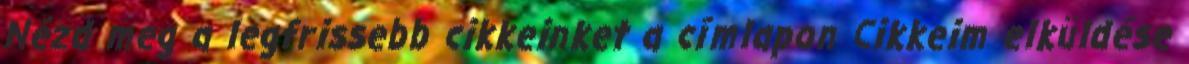
Nézd meg a legfrissebb cikkeinket a címlapon Cikkeim elküldése